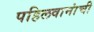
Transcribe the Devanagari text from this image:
पहिलवानांची